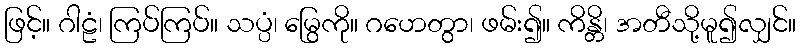
ဖြင့်။ ဂါဠံ၊ ကြပ်ကြပ်။ သပ္ပံ၊ မြွေကို။ ဂဟေတွာ၊ ဖမ်း၍။ ကိန္တိ၊ အတီသို့မူ၍လျှင်။